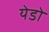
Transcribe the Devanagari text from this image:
येडो